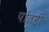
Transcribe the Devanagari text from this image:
पोतही